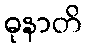
ဓုနာတိ